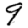
Digit: 9